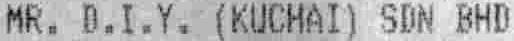
MR. D.I.Y. (KUCHAI) SDN BHD